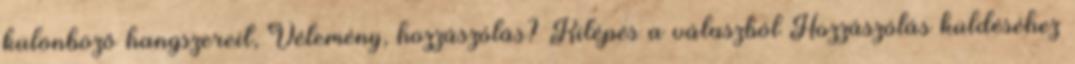
különböző hangszereit, Vélemény, hozzászólás? Kilépés a válaszból Hozzászólás küldéséhez